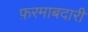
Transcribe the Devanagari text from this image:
फ़रमाबदारी